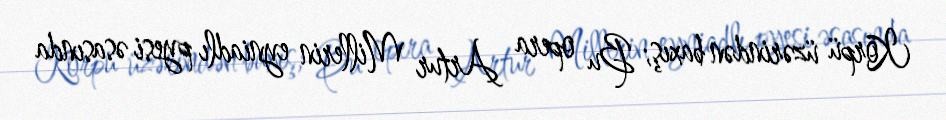
Körpü üzərindən baxış; Bu opera Artur Millerin eyniadlı pyesi əsasında